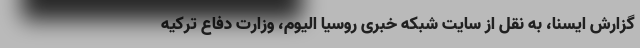
گزارش ایسنا، به نقل از سایت شبکه خبری روسیا الیوم، وزارت دفاع ترکیه